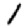
Digit: 1